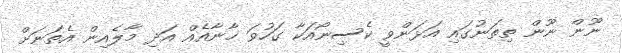
ނޫން ނޫން ތިތަނުގައި އަޅަންވީ ކެސިނޯއަކާ ގަހުވަ ޚާނާއެއް އަދި މާލެއިން އެތަނަށް